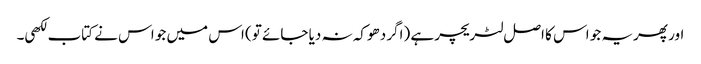
اور پھریہ جو اس کا اصل لٹریچر ہے (اگر دھوکہ نہ دیا جائے تو) اس میں جو اس نے کتاب لکھی۔